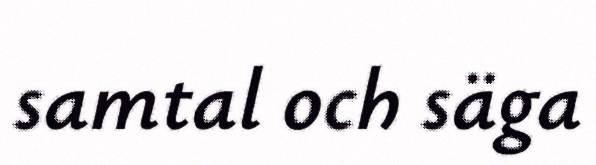
samtal och säga